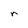
Character: r